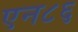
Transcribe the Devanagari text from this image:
एन८६